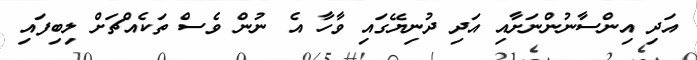
އަދި އިންސާނުންނަށާއި އަދި ދުނިޔޭގައި ވާހާ އެ ނުން ވެސް ތަކެއްޗަށް ލިބިފައި